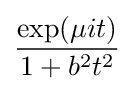
{\frac {\exp(\mu it)}{1+b^{2}t^{2}}}